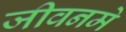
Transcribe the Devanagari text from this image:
जीवनमे